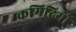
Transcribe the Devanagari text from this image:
कमिटियों